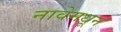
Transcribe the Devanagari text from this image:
नावेमधून